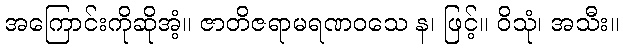
အကြောင်းကိုဆိုအံ့။ ဇာတိဇရာမရဏဝသေ န၊ ဖြင့်။ ဝိသုံ၊ အသီး။